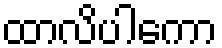
ထာလိပါကော